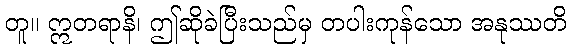
တူ။ ဣတရာနိ၊ ဤဆိုခဲပြီးသည်မှ တပါးကုန်သော အနုဿတိ